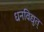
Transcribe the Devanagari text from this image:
धनविद्युत्